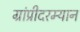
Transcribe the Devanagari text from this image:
ग्रांप्रीदरम्यान